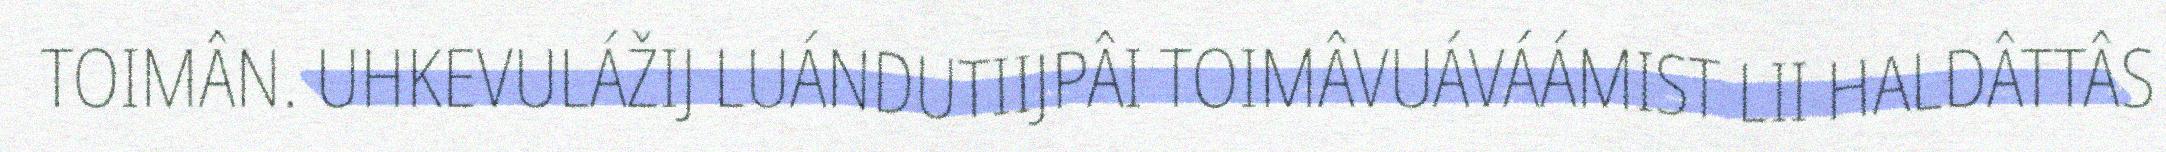
TOIMÂN. UHKEVULÁŽIJ LUÁNDUTIIJPÂI TOIMÂVUÁVÁÁMIST LII HALDÂTTÂS